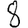
Digit: 8